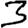
Digit: 3